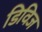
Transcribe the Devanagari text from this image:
डिविज